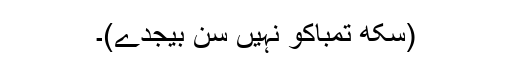
(سِکھ تمباکو نہیں سن بیجدے)۔